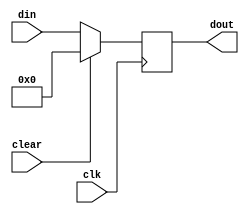
`timescale 1ns / 1ps
//////////////////////////////////////////////////////////////////////////////////
// Company: 
// Engineer: 
// 
// Design Name: 
// Module Name: SIPO_REG
// Project Name: 
// Target Devices: 
// Tool Versions: 
// Description: 
// 
// Dependencies: 
// 
// Revision:
// Revision 0.01 - File Created
// Additional Comments:
// 
//////////////////////////////////////////////////////////////////////////////////


module PIPO_REG(
    input clk,
    input clear,
    input [3:0] din,
    output reg [3:0] dout
    );
    always@(posedge clk)
    begin
    if(clear)
    dout <= 4'b0000;
    else
    dout <= din;
    end
endmodule

module testbench;
reg clk,clear;
reg [3:0] din;
wire [3:0] dout;

PIPO_REG dut(clk,clear,din,dout);
initial
begin
$monitor("clk=%b clear=%b din=%b dout=%b",clk,clear,din,dout);

#100 din[0]=0; din[1]=0; din[2]=0; din[3]=0;
#200 din[0]=0; din[1]=0; din[2]=0; din[3]=1;
#300 din[0]=0; din[1]=0; din[2]=1; din[3]=0;
#400 din[0]=0; din[1]=0; din[2]=1; din[3]=1;
#500 din[0]=0; din[1]=1; din[2]=0; din[3]=0;
#600 din[0]=0; din[1]=1; din[2]=0; din[3]=1;
end
endmodule